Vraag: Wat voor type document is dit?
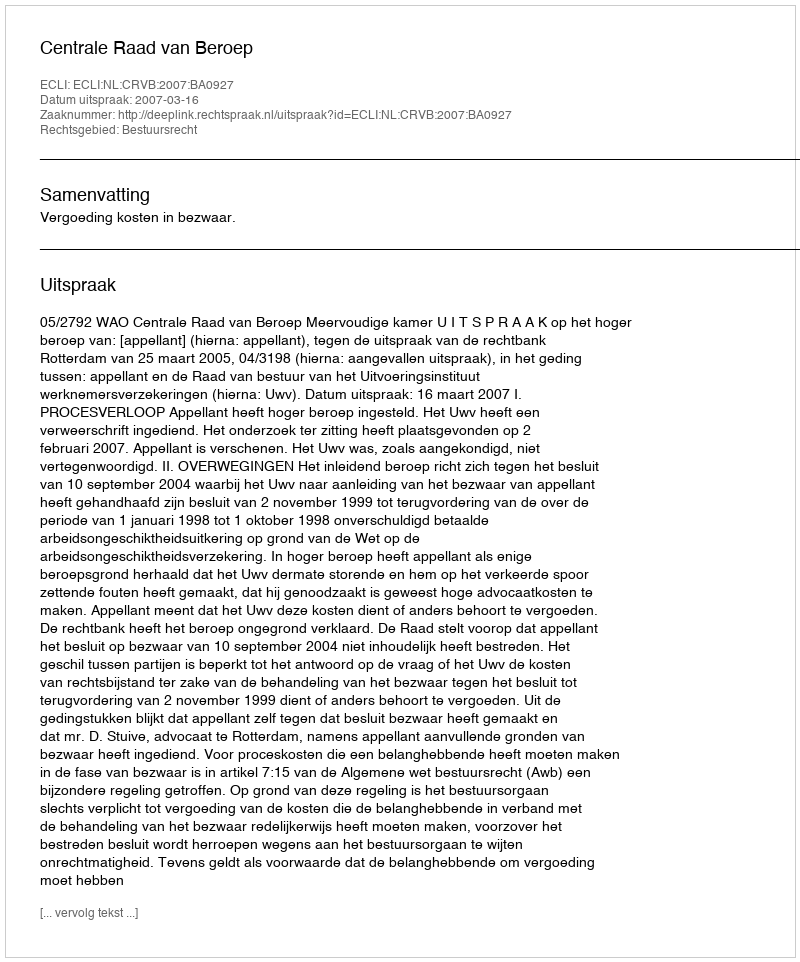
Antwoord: Uitspraak